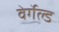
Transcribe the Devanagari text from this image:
वेर्गेल्ड